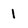
Character: 1